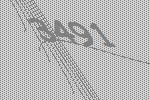
3491